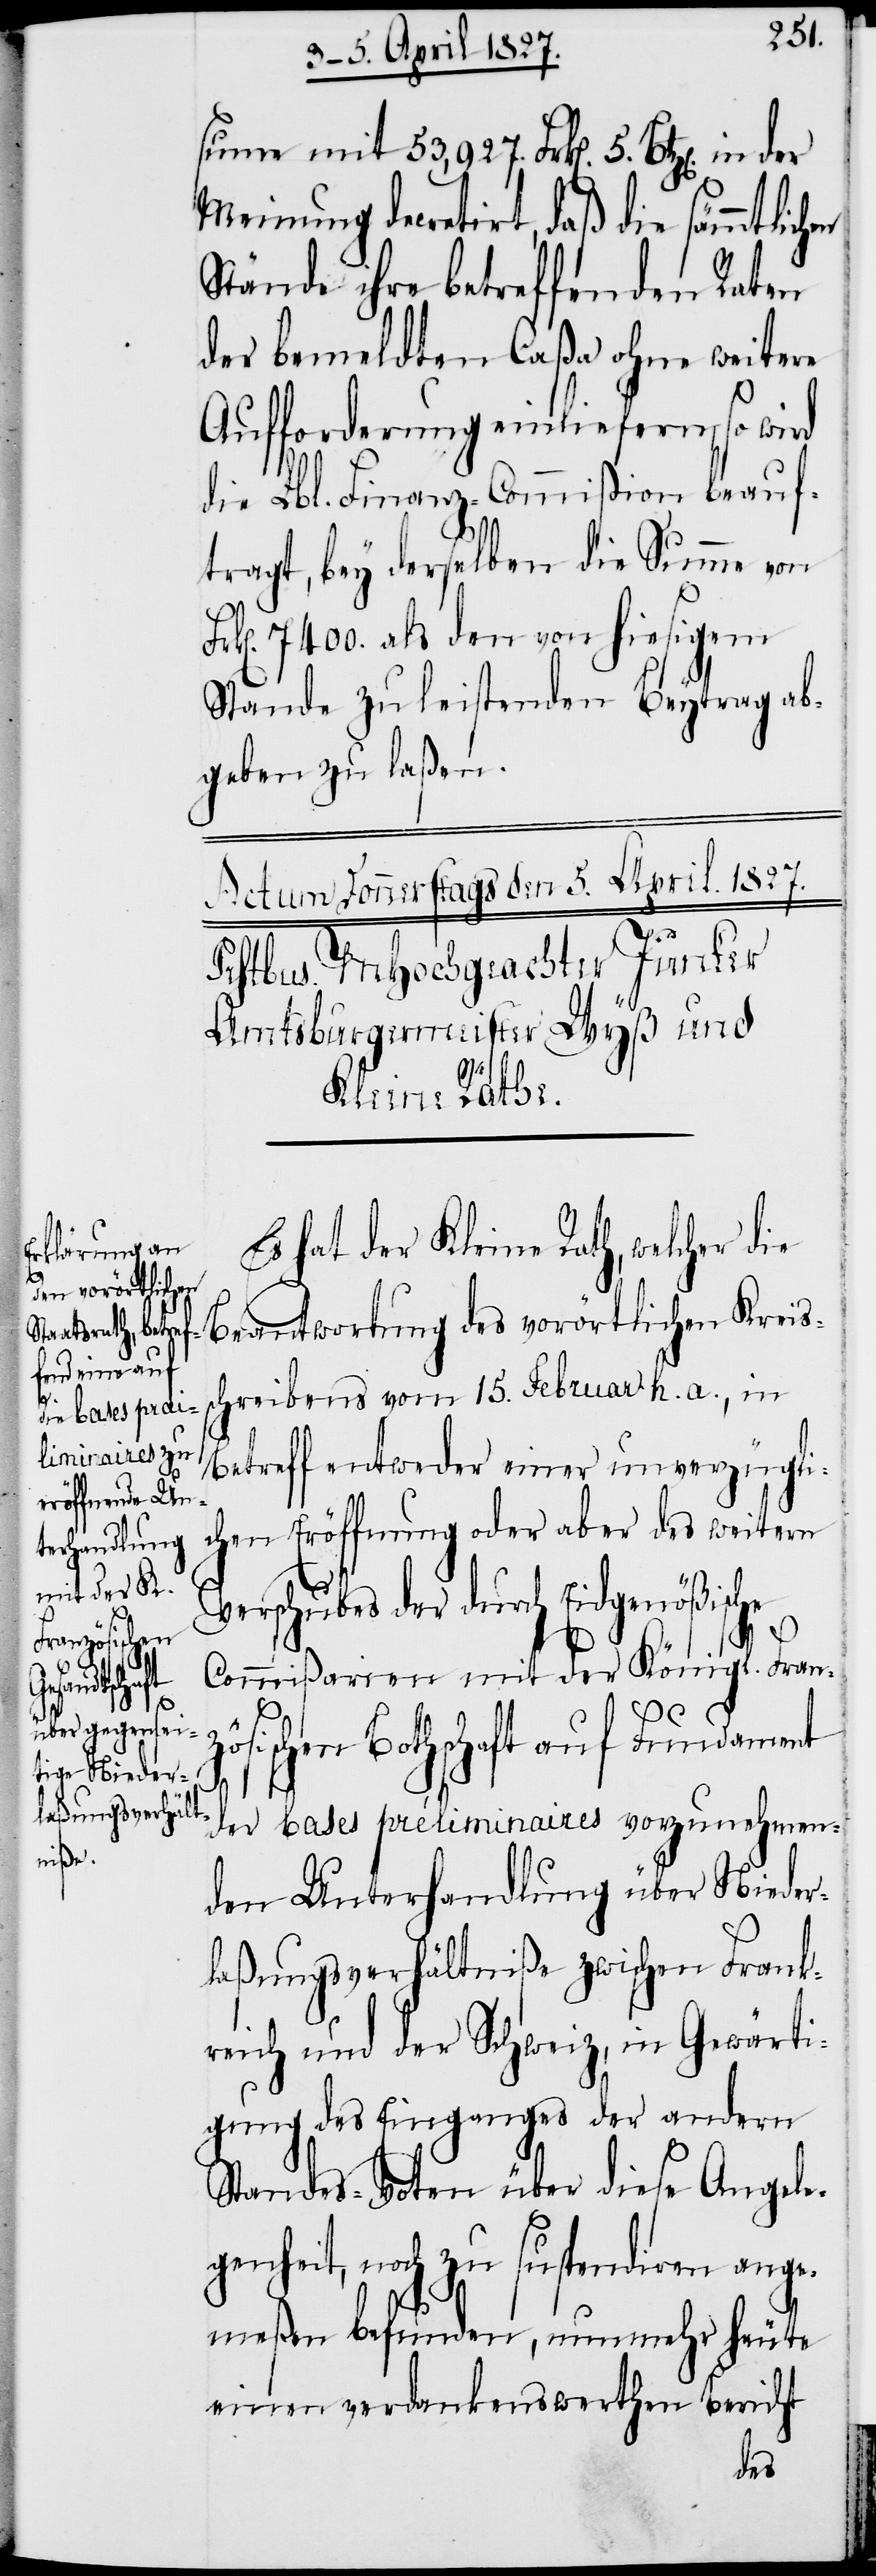
Fr¬

Meinung decretirt, daß die sämmtlichen
Stände ihre betreffenden Raten
der bemeldten Caßa ohne weitere
Aufforderung einliefern, so wird
die Lbl. Finanz-Commißion beauf¬
tragt, bey derselben die Summe von
k[en]. 7400. als den von hiesigem
Stande zu leistenden Beytrag ab¬
geben zu laßen.
Es hat der Kleine Rath, welcher die
Beantwortung des vorörtlichen Kreis¬
schreibens vom 15. Februar h. a., in
Betreff entweder einer unverzügli¬
chen Eröffnung oder aber des weitern
Verschubes der durch Eidgenößische
Commißarien mit der Königl. Fran¬
zösischen Bothschaft auf Fundament
der bases préliminaires vorzunehmen¬
den Unterhandlung über Nieder¬
laßungsverhältniße zwischen Frank¬
reich und der Schweiz, in Gewärti¬
gung des Einganges der andern
Standes-Voten über diese Angele¬
genheit, noch zu suspendiren ange¬
meßen befunden, nunmehr heute
einen verdankenswerthen Bericht
der